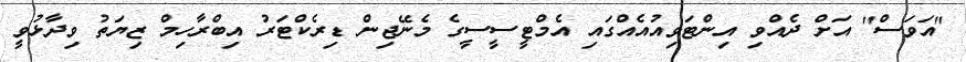
"އަވަސް" އަށް ދެއްވި އިންޓަވިއުއެއްގައި އެމްޓީސީސީގެ މެނޭޖިން ޑިރެކްޓަރު އިބްރާހިމް ޒިޔަތު ވިދާޅުވީ